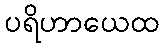
ပရိဟာယေထ